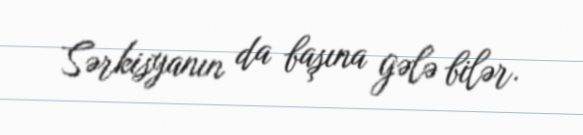
Sərkisyanın da başına gələ bilər.